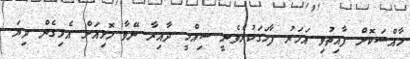
ހާއްސަކޮށް ފާއިތުވި އަހަރު ފާހަގަކުރެވެނީ ސިއްހީ ދާއިރާ ނޭވާ ހޮޅިއަށް އެޅިގެން ދިޔަ